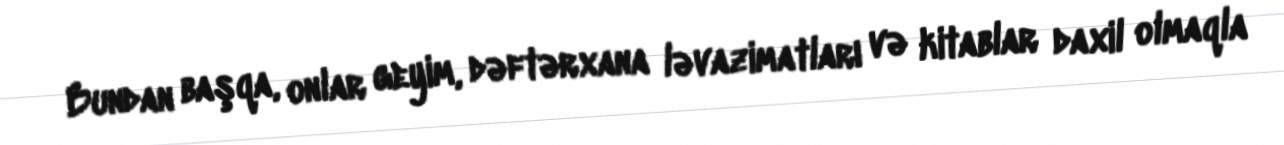
Bundan başqa, onlar geyim, dəftərxana ləvazimatları və kitablar daxil olmaqla